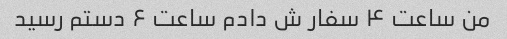
من ساعت ۴ سفار ش دادم ساعت ۶ دستم رسید